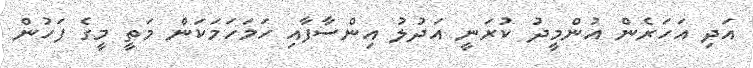
އަދި އަހަރެން އުންމީދު ކުރަނީ އަދުލު އިންސާފާއި ހަމަހަމަކަން މަތީ މީގެ ފަހުން